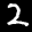
Label: 2